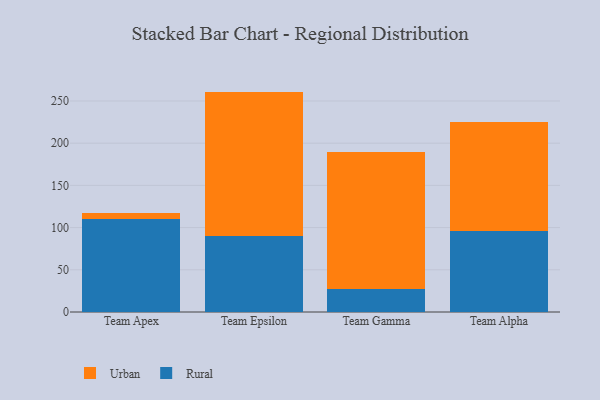
{"axis": {"x": "Team", "y": "Website Visitors"}, "legend": ["Rural", "Urban"], "data": [{"x": "Team Apex", "y": 110.2, "type": "Rural"}, {"x": "Team Apex", "y": 6.5, "type": "Urban"}, {"x": "Team Epsilon", "y": 89.9, "type": "Rural"}, {"x": "Team Epsilon", "y": 171.2, "type": "Urban"}, {"x": "Team Gamma", "y": 26.9, "type": "Rural"}, {"x": "Team Gamma", "y": 162.3, "type": "Urban"}, {"x": "Team Alpha", "y": 96.2, "type": "Rural"}, {"x": "Team Alpha", "y": 129.0, "type": "Urban"}]}